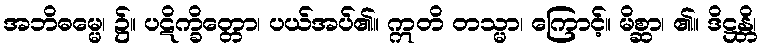
အဘိဓမ္မေ၊ ၌။ ပဋိက္ခိတ္တော၊ ပယ်အပ်၏။ ဣတိ တသ္မာ၊ ကြောင့်။ မိစ္ဆာ၊ ၏။ ဒိဋ္ဌန္တိ၊